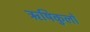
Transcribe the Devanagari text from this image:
ऋषिकुलों